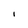
Character: I